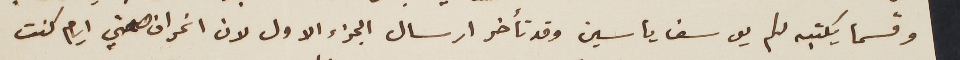
وقسما يكتبه لكم يوسف ياسين وقد تأخر ارسال الجزء الاول لان انحراف صحتي ايام كنت